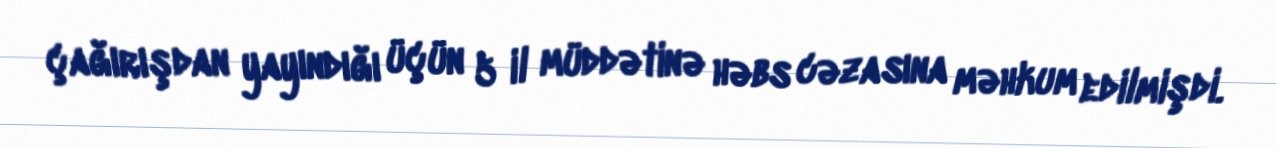
çağırışdan yayındığı üçün 5 il müddətinə həbs cəzasına məhkum edilmişdi.